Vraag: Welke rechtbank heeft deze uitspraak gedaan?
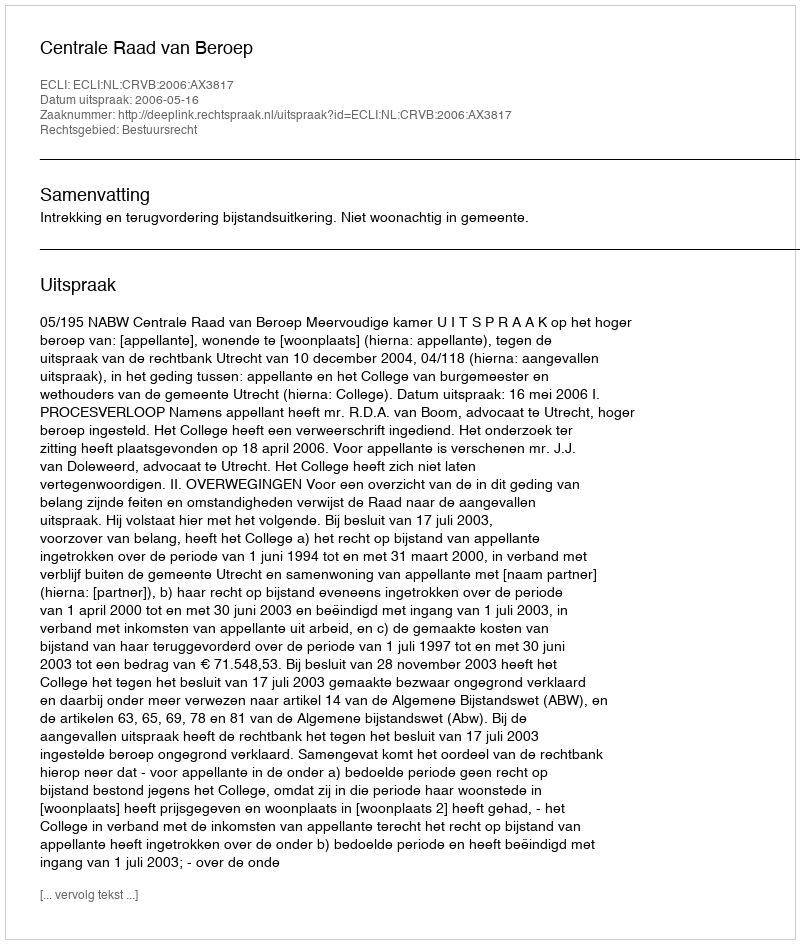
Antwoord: Centrale Raad van Beroep